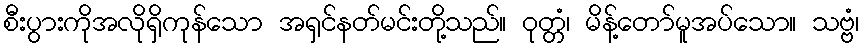
စီးပွားကိုအလိုရှိကုန်သော အရှင်နတ်မင်းတို့သည်။ ဝုတ္တံ၊ မိန့်တော်မူအပ်သော။ သဗ္ဗံ၊